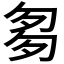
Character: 𠣨